Bréfritari: Jakobína Jónsdóttir
Viðtakandi: Sólveig Jónsdóttir
Dagsetning: A-1880-03-22
Skrifað á: Bessastöðum  Gull.
systir bréfviðtakanda

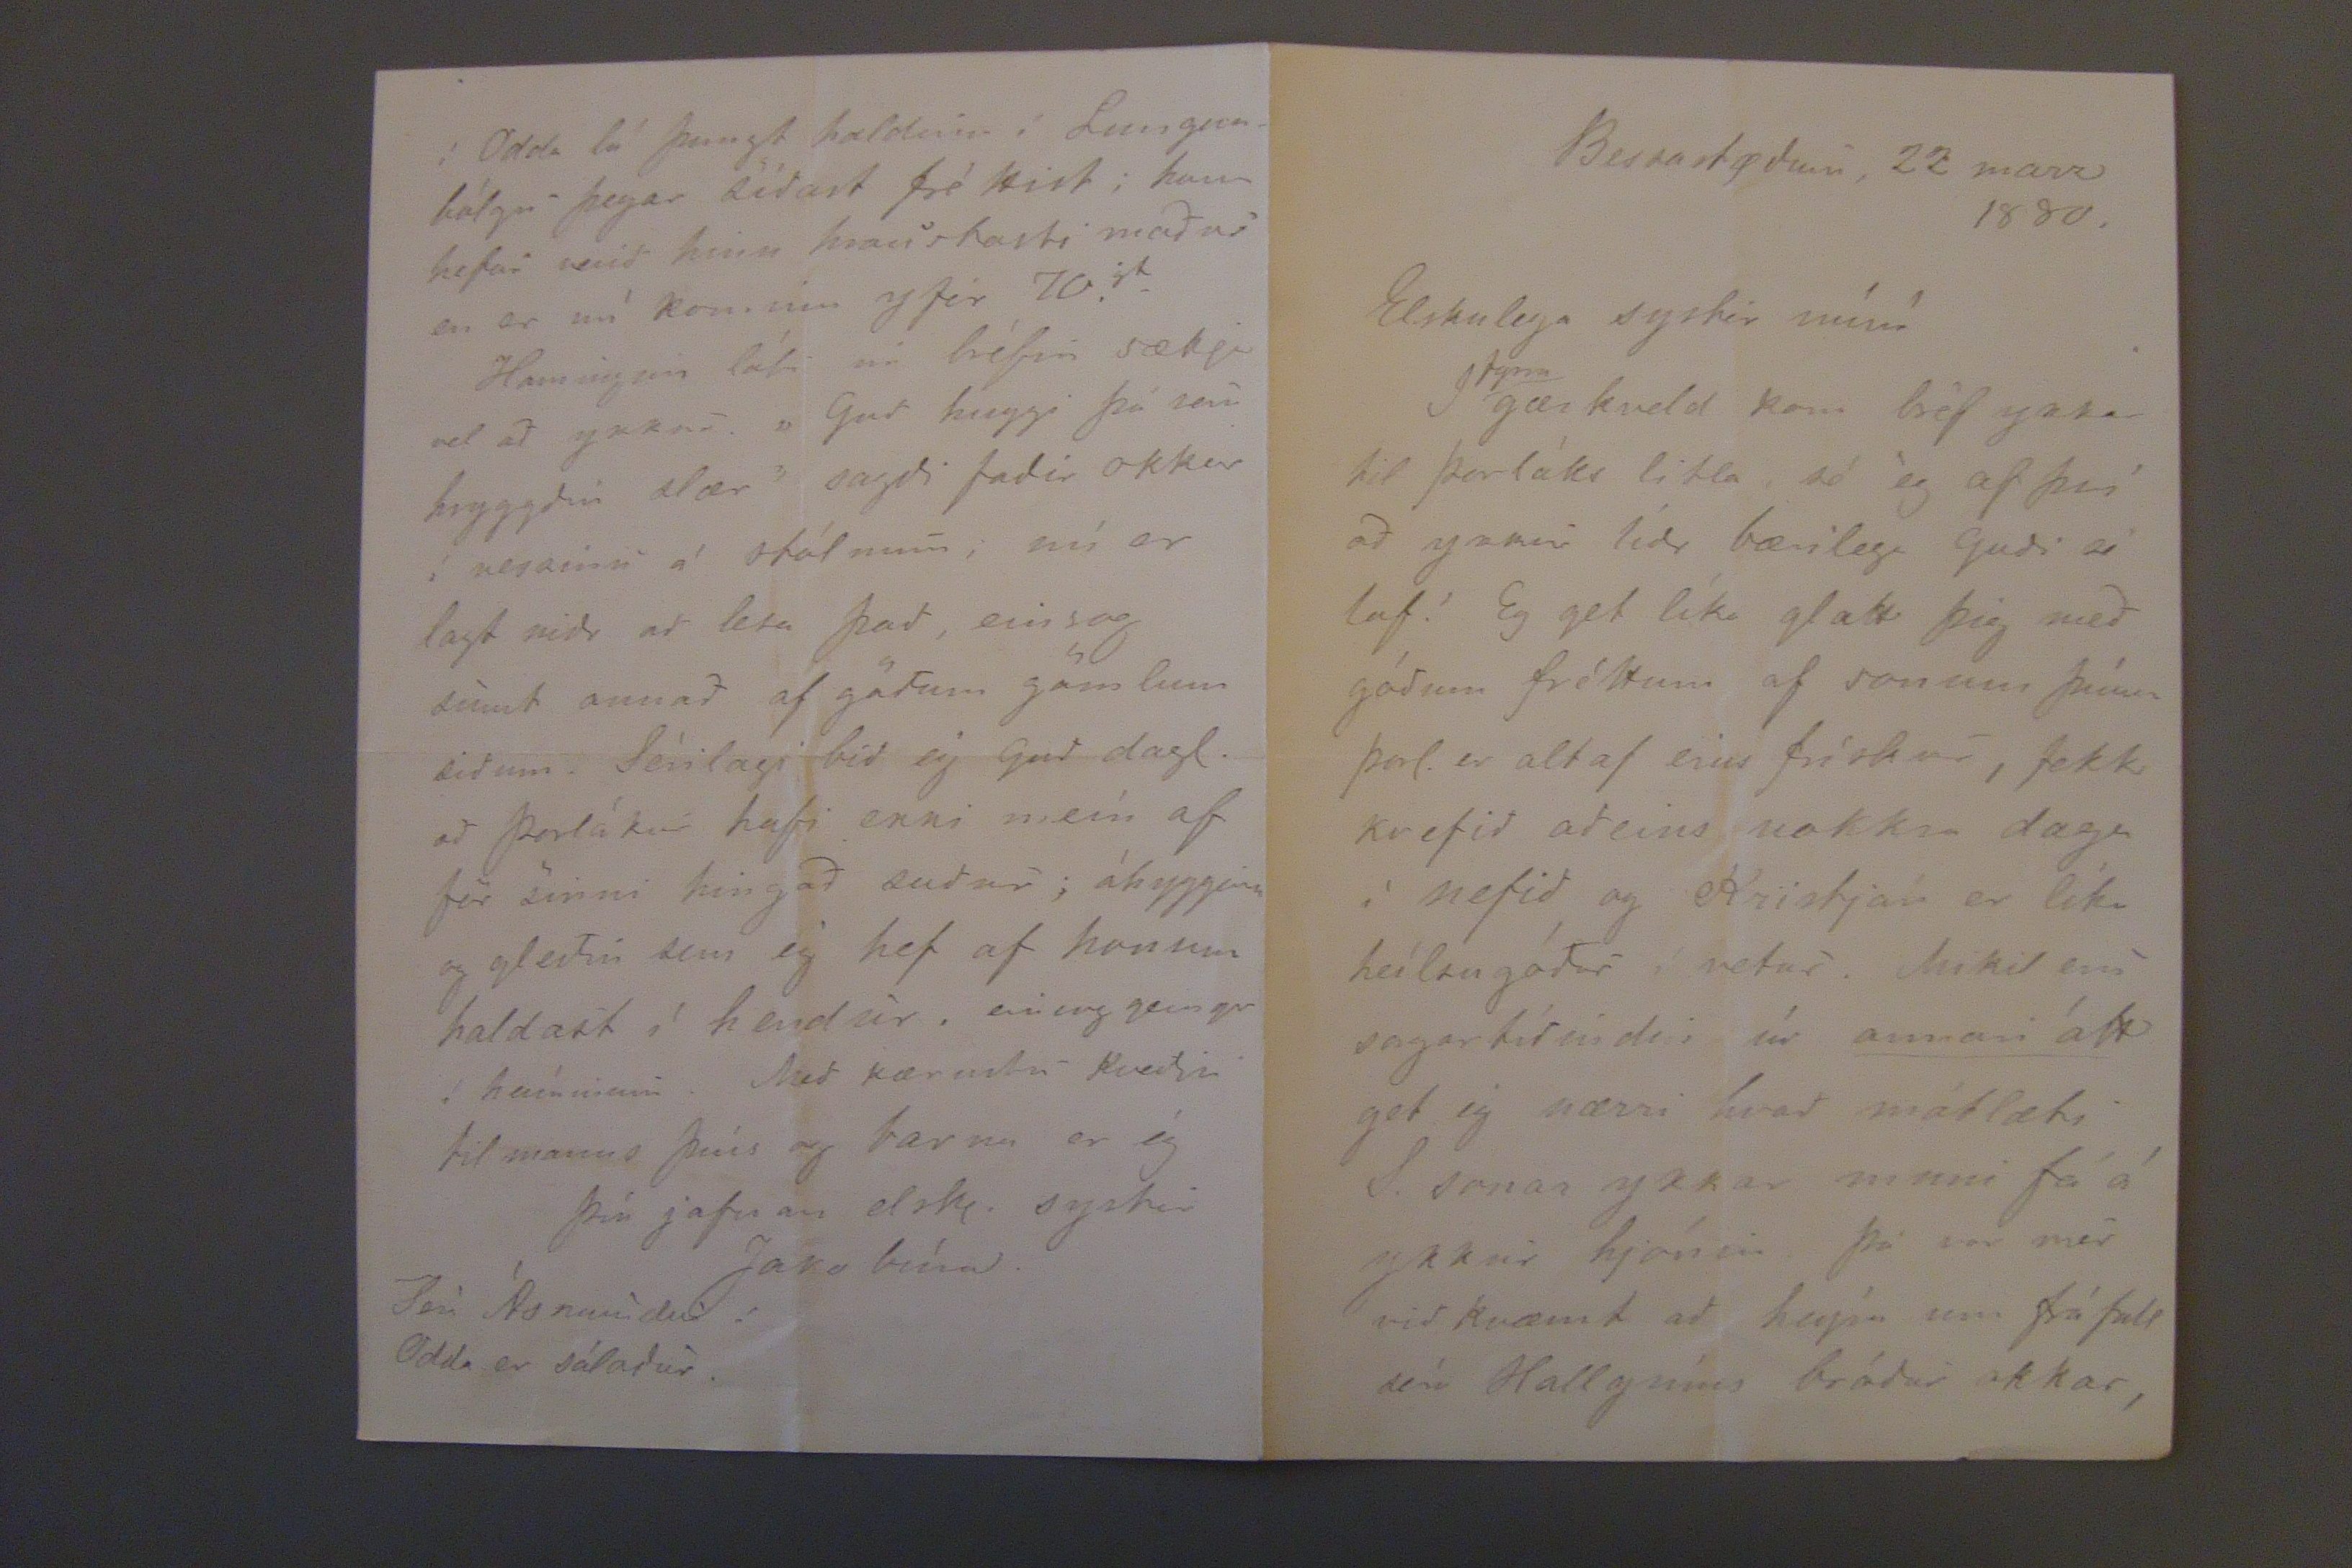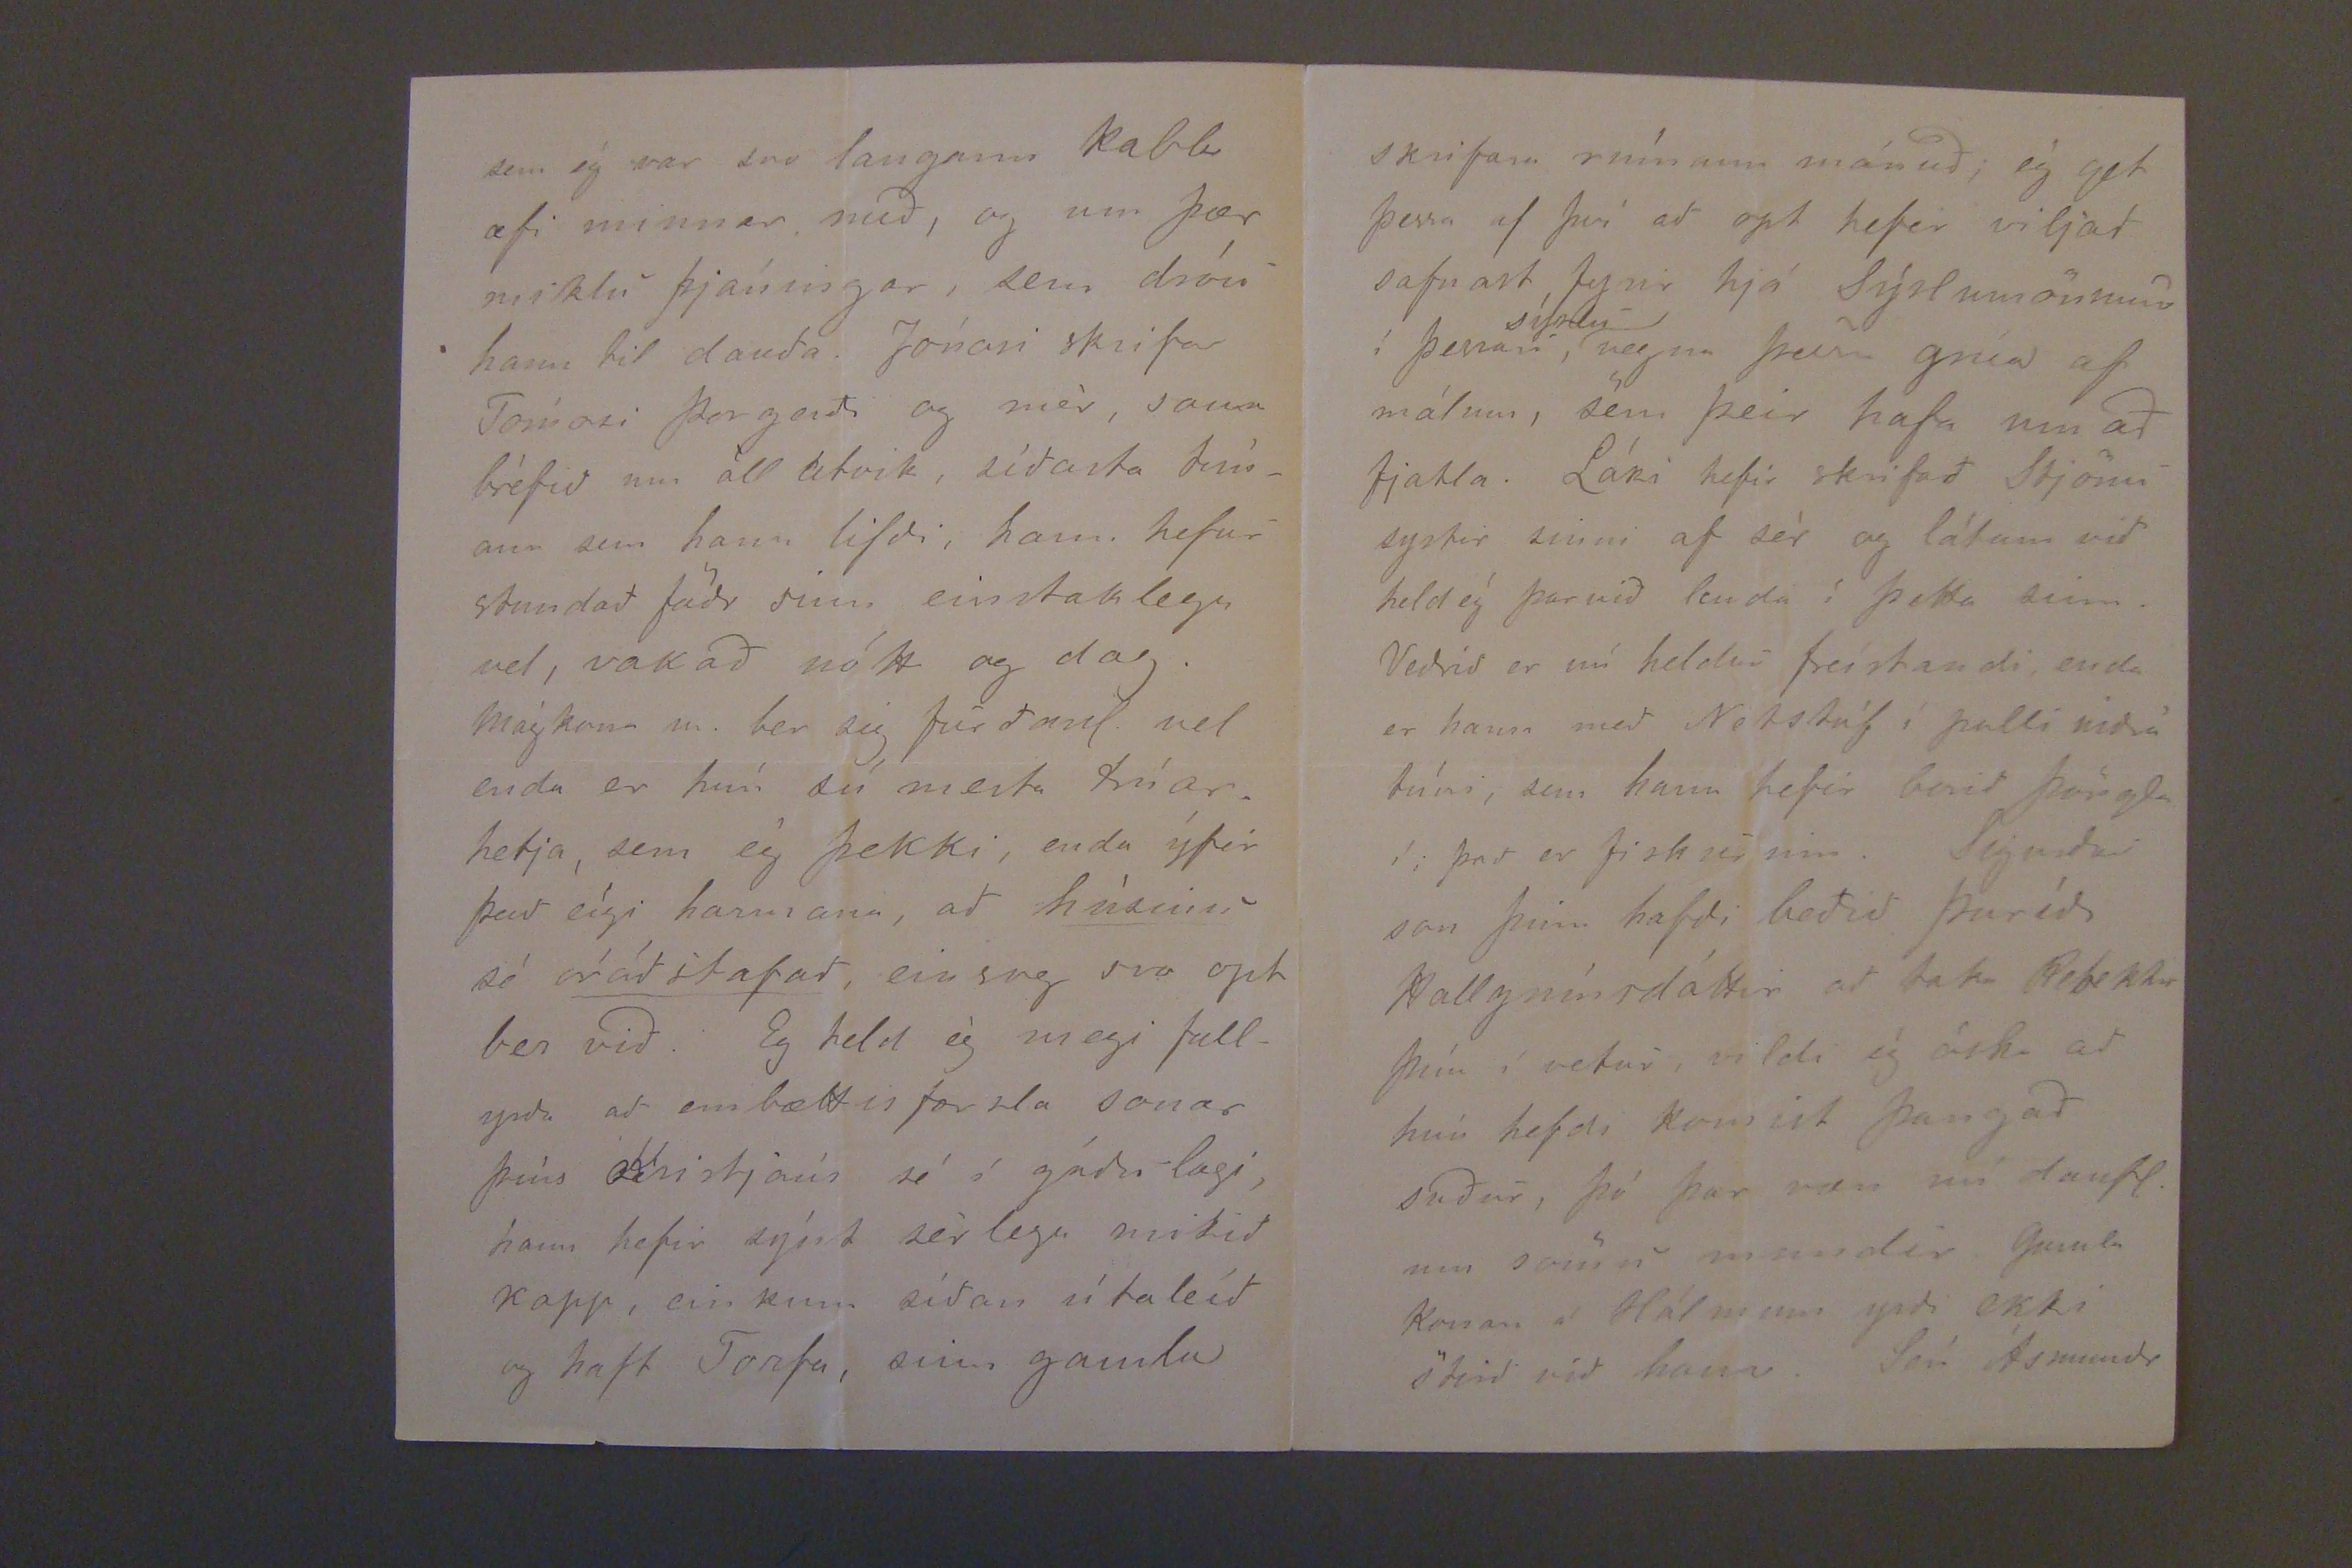

Bessastödum, 22 marz 1880.
Elskulega systir mín!
Í
fyrra
gærkveld kom fréf ykkar til Þorláks litla ad ég af því ad ykkur lidr bærilega Gudi sé lof! Eg get líka glatt þig med gódum fréttum af sonum þínum. Þorl. er altaf eins frískur, fekk kvefid adeins nokkra daga í nefid og Kristján er líka heílsugódur í vetur. Mikil eru sorgartídindin úr
annari átt
get ég nærri hvad mátlæti l. sonar ykkar muni fá á ykkur hjónin þó var mér vidkvæmt ad heýra um fráfall séra Hallgríms bródur okkar,
sem ég var svo langann kabla æfi minnar med, og um þær miklu þjáningar, sem dróu hann til dauda. Jónasi skrifar Tómasi Þorgerdi og mér, sama bréfid um öll atvit, sídasta tímann sem hann lifdi, hann hefur stundad födr sinn einstaklega vel, vakad nótt og dag. Mágkona m. ber sig furdanl. vel enda er hún sú mesta trúarhetja, sem ég þekki, enda ýfir þad eígi hamrana, ad
húsinu
sé
órádstafad
, einsog svo opt ber vid. Eg held ég megi fullyrda ad embættisfærsla sonar þíns Kristjáns sé í gódu lagi, hann hefir sýnt sérlega mikid kapp, einkum sídan útaleíd og haft Torfa, sinn gamla
í Odda lá þungt haldinn í Lungnabólgu þegar sídast fréttist; hann hefur verid hinn hrausasti madur en er nú kominn yfir 70
gt
Hamingjan láti nú bréfin sækja vel ad ykkur. "Gud huggi þá sem hryggdin slær" sagdi fadir okkar í
negsinu
á stólnum; nú er lagt nidr ad lesa þad, einsog sumt annad af gödum gömlum sidum. Sérilagi bid ég Gud dagl. ad Þorlákur hafi kekki meín af för sinni hingad sudur; áhyggjan og gledin sem ég hef af honum haldast í hendur. einsog gengr í heíminum. Med kærustu kvedju til manns þíns og barna er ég þín jafnan elsk. systir
Jakóbína.
Jón Ásmundur í Odda er sáladur.
skrifara mínum mánud; ég get þessa af því ad opt hefir viljad safnast fyrir hjá Sýslumönnum í þessari
sýslu
, vegna þess grúa af málum, sem þeir hafa um ad fjatla. Láki hefir skrifad Stjönu systir sinni af sér og látum vid held ég þad vid lenda í þetta sinn. Vedrid er nú heldur freístandi, enda er hann med Netstúf í palli nidrá túni, sem hann hefir bordi þörgla í; þad er fiskurinn. Sigurdur son þinn hafdi bedid Þurídi Hallgrímsdóttir ad taka Rebekku þína í vetur, vildi ég óska ad hún hefdi komist þangad sudur, þó þar væri nú daufl. um sömu mundi. Gamla konan á Hólmum yrdi ekki stird vid hana. Jón Ásmudr